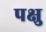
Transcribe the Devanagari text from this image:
पक्षु